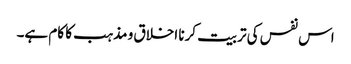
اس نفس کی تربیت کرنا اخلاق و مذہب کا کام ہے۔